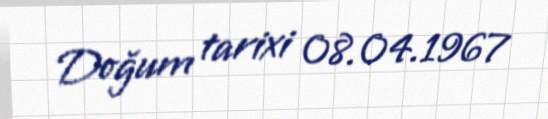
Doğum tarixi 08.04.1967